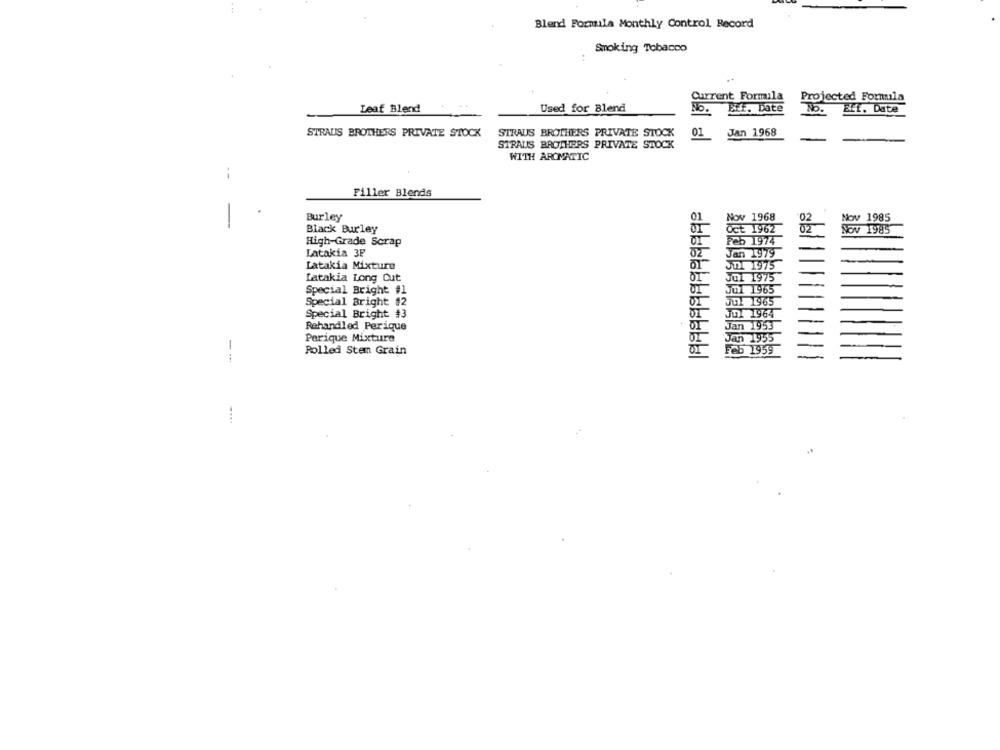
Blend Formula Monthly Control, Record
Smoking Tobacco
Current Formula
Projected Formula
Leaf Blend
Used for Blend
No. Eff. Date
No.
ELf. Date
STRAUS BROTHERS PRIVATE STOCK
STRAUS BROTHERS PRIVATE STOCK
01 Jan 1968
STRAUS BROTHERS PRIVATE STOCK
WITH AROMATIC
--
Filler Blends
Burley
Nov 1968
Nov 1985
-
01
Black Burley
02
NOV 1985
High-Grade Scrap
25 1974
Latakia 3F
02
Jan 1979
Latakia Mixture
1 1975
Latakia Long Cut
JUL 1975
Special Bright #1
01 1965
Special Bright #2
01
jul 1965
Special Bright #3
1 1964
Rehandled Perique
1953
Perique Mixture
1
Rolled Stem Grain
B 1959
--